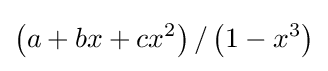
\left(a+bx+cx^{2}\right)/\left(1-x^{3}\right)